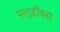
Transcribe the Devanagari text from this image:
फ्लुडीक्स